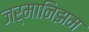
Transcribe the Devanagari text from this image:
जर्मानिझम